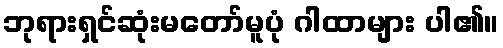
ဘုရားရှင်ဆုံးမတော်မူပုံ ဂါထာများ ပါ၏။